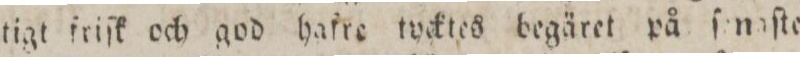
tigt friſk och god hafre tycktes begäret på ſenaſte